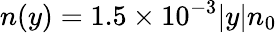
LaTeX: n(y)=1.5\times 10^{-3}|y|n_{0}